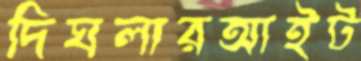
দিঘলারআইট